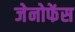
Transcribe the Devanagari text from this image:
जेनोफेंस